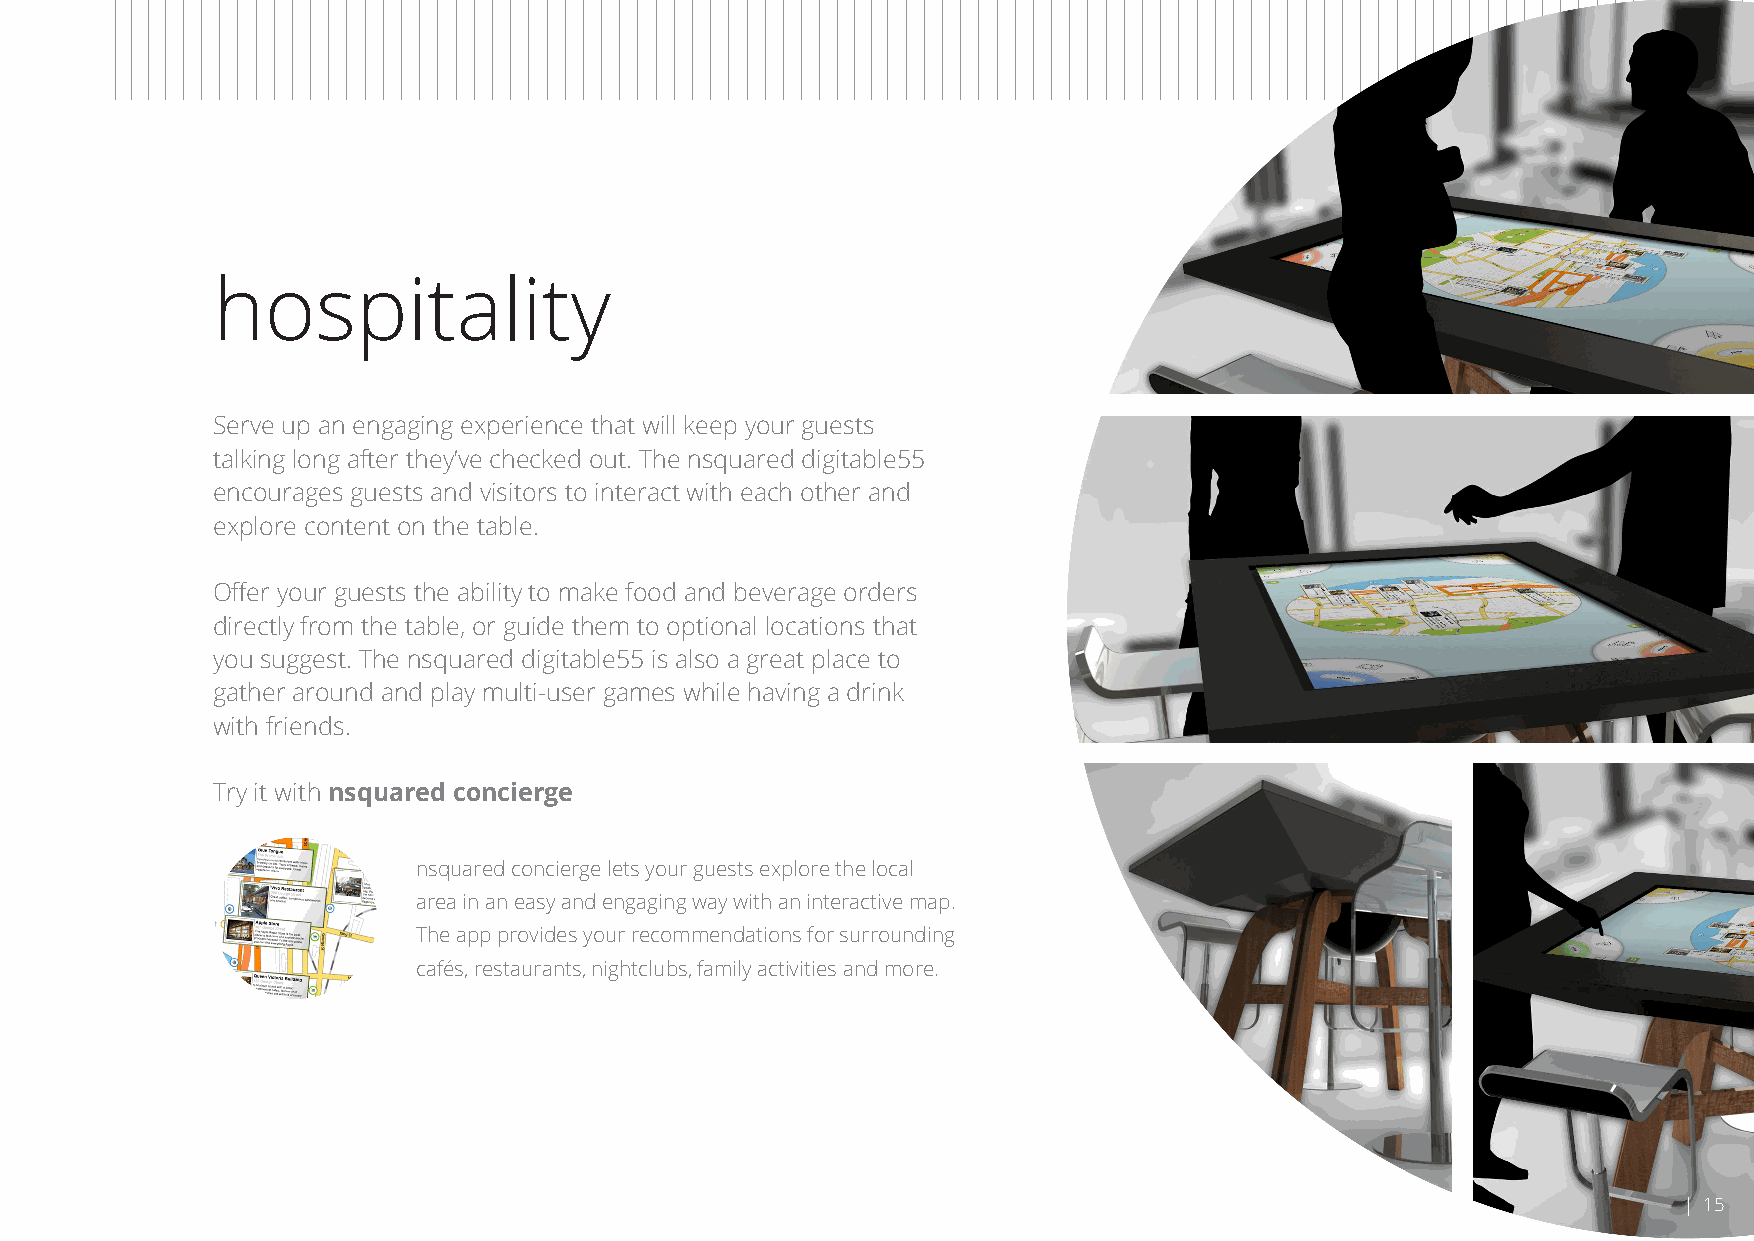
hospitality
 Serve up an engaging experience that will keep your guests
 talking long after they’ve checked out. The nsquared digitable55
 encourages guests and visitors to interact with each other and
 explore content on the table.
 Offer your guests the ability to make food and beverage orders
 directly from the table, or guide them to optional locations that
 you suggest. The nsquared digitable55 is also a great place to
 gather around and play multi-user games while having a drink
 with friends.
 Try it with nsquared concierge
 nsquared concierge lets your guests explore the local
 area in an easy and engaging way with an interactive map.
 The app provides your recommendations for surrounding
 cafés, restaurants, nightclubs, family activities and more.
 | 15